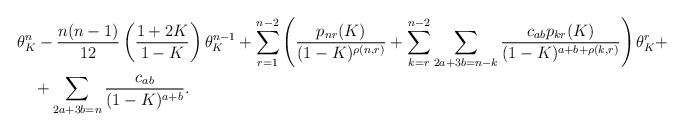
\begin{align*}&\theta^n_K - \frac{n(n-1)}{12}\left(\frac{1+2K}{1-K}\right) \theta_K^{n-1}+\sum_{r = 1}^{n-2}\left(\frac{p_{nr}(K)}{(1-K)^{\rho(n,r)}} + \sum_{k = r}^{n-2}\sum_{2a+3b = n-k} \frac{c_{ab}p_{kr}(K)}{(1-K)^{a+b+\rho(k,r)}}\right)\theta_K^r + \\&\quad+\sum_{2a+3b = n} \frac{c_{ab}}{(1-K)^{a+b}}.\end{align*}